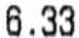
6.33